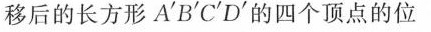
移后的长方形A'B'C'D'的四个顶点的位